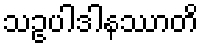
သဥပါဒါနဿာတိ